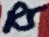
Text: R5